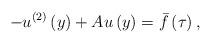
LaTeX: \begin{align*}-u^{\left( 2\right) }\left( y\right) +Au\left( y\right) =\bar{f}\left( \tau\right) , \end{align*}